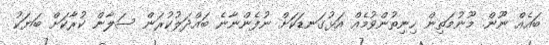
ބައެއް ނޫން. މޫނުމަތިން ހިނިތުންވުމެއް އަޅުގަނޑަކަށް ނުފެންނާނެ ބައްދަލުކުރަން ސަލާން ކުރާކަށް ބަޔަކު